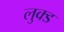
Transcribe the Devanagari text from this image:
लुक्ड